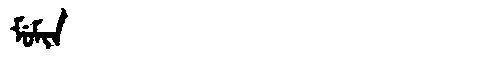
Manchu: ᠮᡠᠮᡳᠨ
Romanization: MUMIN